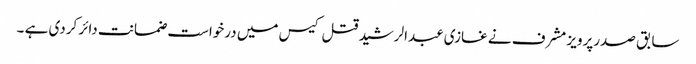
سابق صدرپرویز مشرف نے غازی عبدالرشید قتل کیس میں درخواست ضمانت دائر کردی ہے ۔